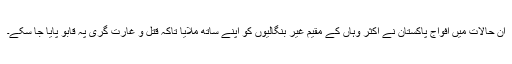
ان حالات میں افواج پاکستان نے اکثر وہاں کے مقیم غیر بنگالیوں کو اپنے ساتھ ملایا تاکہ قتل و غارت گری پہ قابو پایا جا سکے۔